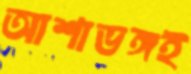
আশাভঙ্গই